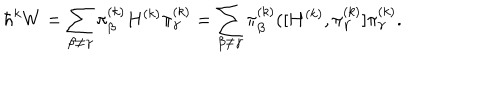
LaTeX: \hbar ^ { k } W = \sum _ { \beta \not = \gamma } \pi _ { \beta } ^ { ( k ) } H ^ { ( k ) } \pi _ { \gamma } ^ { ( k ) } = \sum _ { \beta \not = \gamma } \pi _ { \beta } ^ { ( k ) } ( [ H ^ { ( k ) } , \pi _ { \gamma } ^ { ( k ) } ] \pi _ { \gamma } ^ { ( k ) } .